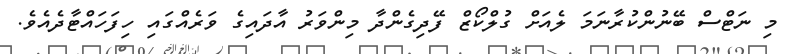
މި ނަޓްސް ބޭނުންކުރާނަމަ ލެއަށް ގުލްކޯޒް ފޭދިގެންދާ މިންވަރު އާދައިގެ ވަރެއްގައި ހިފަހައްޓާދެއެވެ.